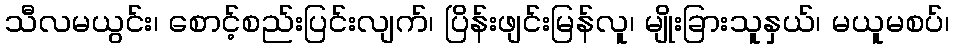
သီလမယွင်း၊ စောင့်စည်းပြင်းလျက်၊ ပြိန်းဖျင်းမြန်လူ၊ မျိုးခြားသူနှယ်၊ မယူမစပ်၊